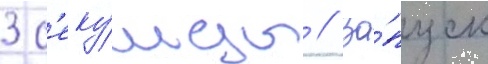
3 с'еку́нды // За́пуск